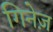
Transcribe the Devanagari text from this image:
गिनेज़